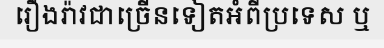
រឿងរ៉ាវជាច្រើនទៀតអំពីប្រទេស ឬ